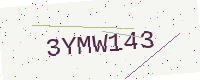
Text: 3YMW143